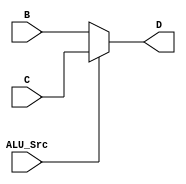
/*
    Name 1:     Ishaan Singh            191CS124
    Name 2:     Ikjot Singh Dhody       191CS123
    Module:     Multiplexer
*/

module MUX (D,C,B,ALU_Src );

    //I-O port
    output reg [63:0] D;
    input [63:0] C,B;
    input ALU_Src;

    // mux
    always @(C,B,ALU_Src) begin
       if(ALU_Src == 1'b1)
            begin
                D = C;
            end
       else
            D = B;
    end
    //  D = (ALU_Src)? C : B;

endmodule